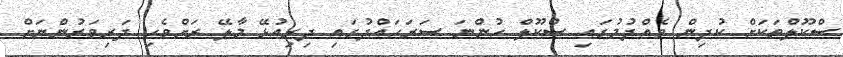
ސްކޫލްތަކަށް ކުދިން ވެއްދުމުގައި ސްކޫލް ހުންނަ ސަރަހައްދުގައި ދިރިއުޅޭ މާލޭ ރަށްވެހި ދަރިވަރުންނަށް